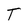
Character: T